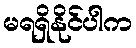
မရရှိနိုင်ပါက